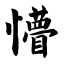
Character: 懵